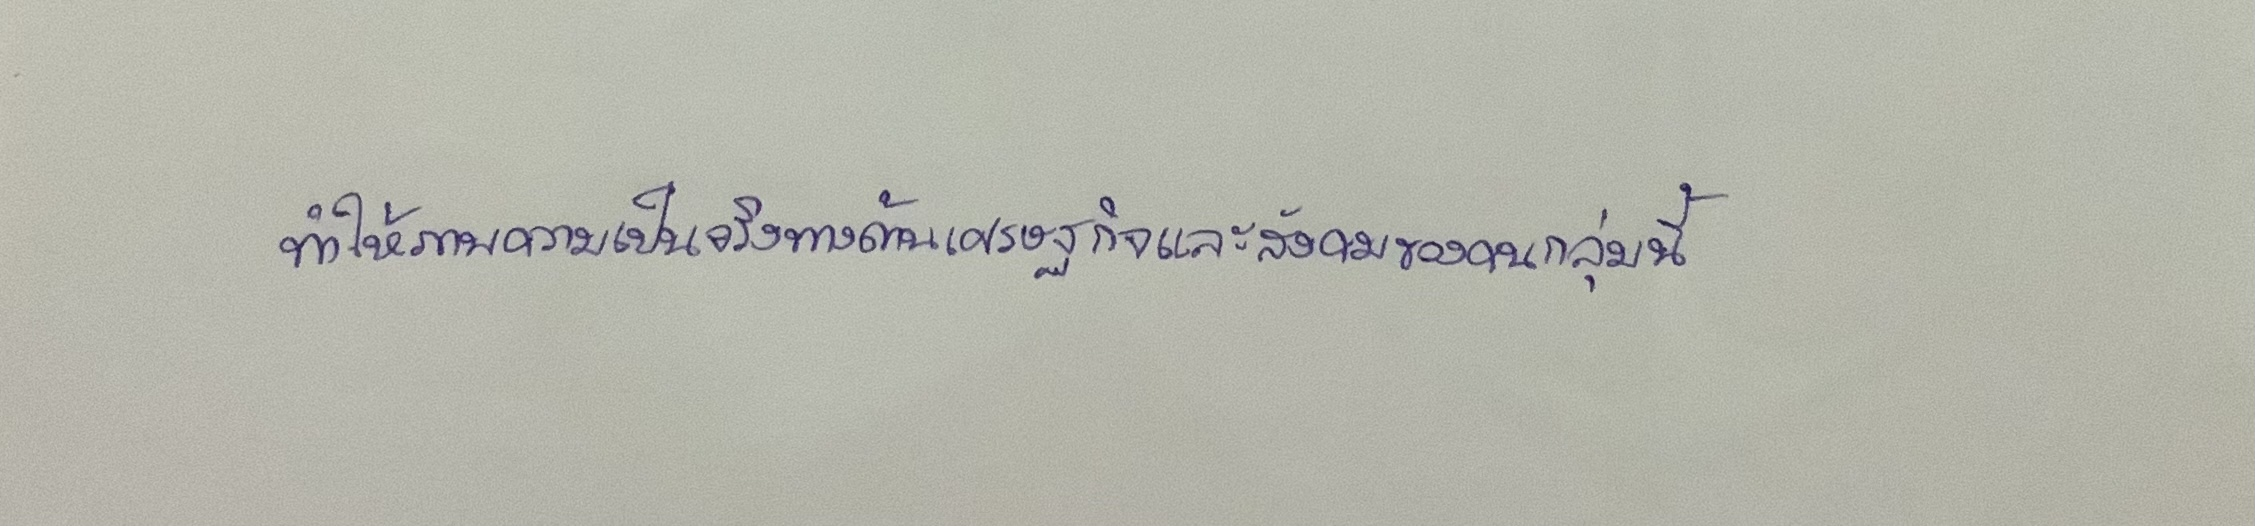
ทำให้ภาพความเป็นจริงทางด้านเศรษฐกิจและสังคมของคนกลุ่มนี้